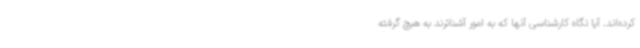
کرده‌اند. آیا نگاه کارشناسی آنها که به امور آشناترند به هیچ گرفته